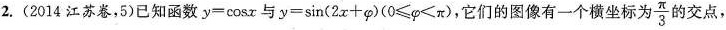
2. (2014江苏卷，5)已知函数$$y=\cos x$$与$$y=sin(2x+\varphi )(0≤\varphi ≤π)$$，它们的图像有一个横坐标为\frac{ \pi }{3} 的交点，